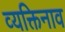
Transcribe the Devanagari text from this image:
व्यक्तिनाव